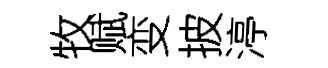
牧赋变披渟